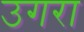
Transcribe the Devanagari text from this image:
उगरा